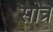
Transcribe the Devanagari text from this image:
सोत्र